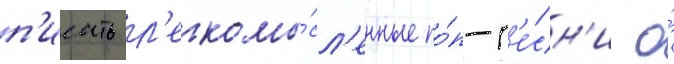
п'исать л'егкомы́сл'енные по́п-п'е́сн'и о́